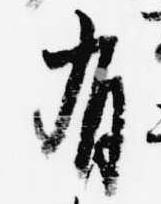
有